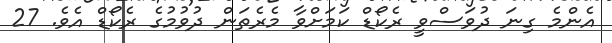
އެންމެ ގިނަ ދުވަސްވީ ރެކޯޑް ކަމަށްވާ މެރެތަން ދުވުމުގެ ރެކޯޑް އެވެ. 27